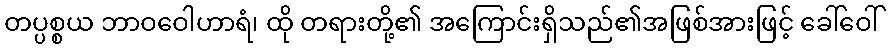
တပ္ပစ္စယ ဘာဝဝေါဟာရံ၊ ထို တရားတို့၏ အကြောင်းရှိသည်၏အဖြစ်အားဖြင့် ခေါ်ဝေါ်